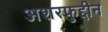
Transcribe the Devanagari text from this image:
अशरफुद्दीन